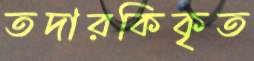
তদারকিকৃত